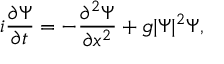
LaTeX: i \frac { \partial \Psi } { \partial t } = - \frac { \partial ^ { 2 } \Psi } { \partial x ^ { 2 } } + g | \Psi | ^ { 2 } \Psi ,